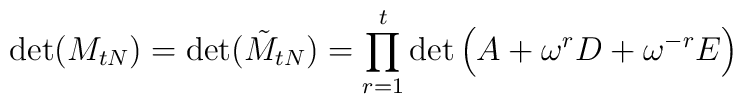
\det(M_{tN}) = \det(\tilde{M}_{tN}) = \prod_{r=1}^{t} \det \left( A +  \omega^r D + \omega^{-r} E \right)